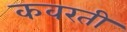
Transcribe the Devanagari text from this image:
कवरती